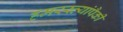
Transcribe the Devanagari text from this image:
हमरस्त्यांपैकी